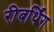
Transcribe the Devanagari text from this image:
रीबर्थिंग